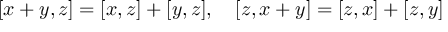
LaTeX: [ x + y , z ] = [ x , z ] + [ y , z ] , \quad [ z , x + y ] = [ z , x ] + [ z , y ]